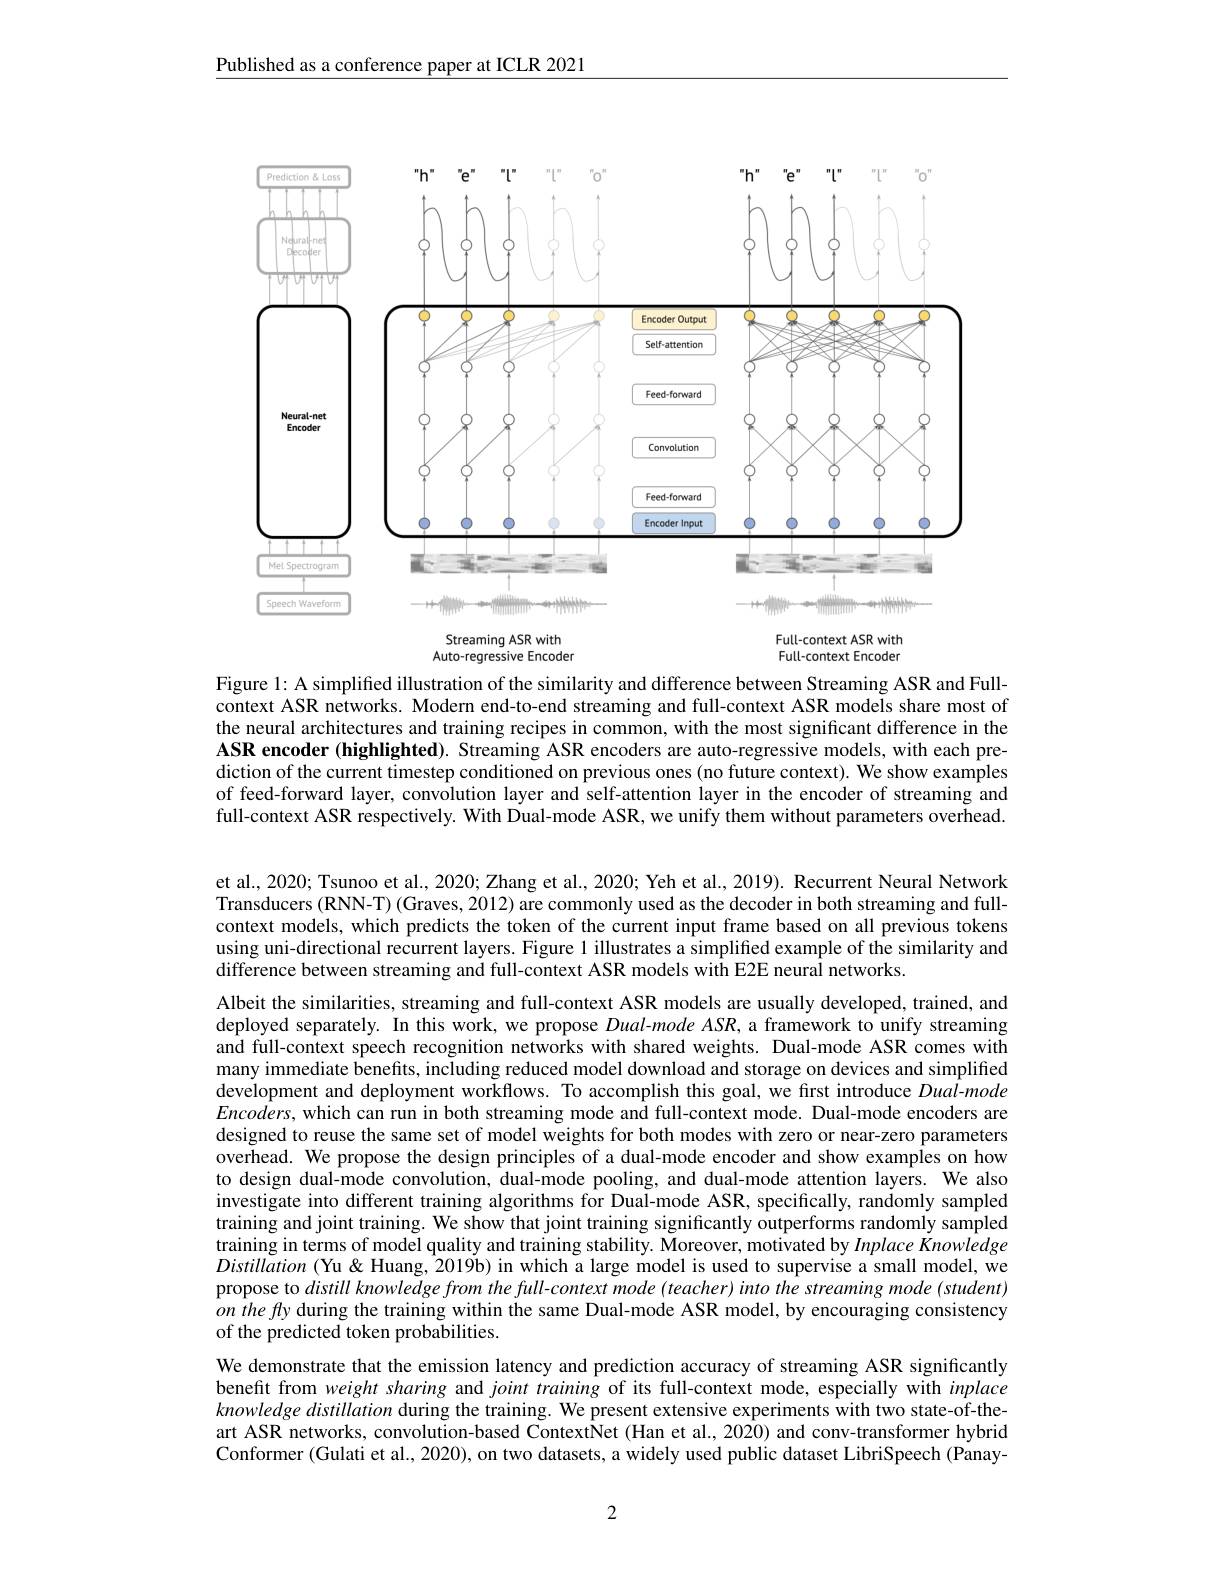
Published as a conference paper at ICLR 2021

<FigureHere>
Streaming
-context ASR

Auto-regressive Encoder

Full-context Encoder

Figure 1: A simplified illustration of the similarity and difference between Streaming ASR and Fullcontext ASR networks. Modern end-to-end streaming and full-context ASR models share most of the neural architectures and training recipes in common, with the most significant difference in the ASR encoder (highlighted). Streaming ASR encoders are auto-regressive models, with each prediction of the current timestep conditioned on previous ones (no future context). We show examples of feed-forward layer, convolution layer and self-attention layer in the encoder of streaming and full-context ASR respectively. With Dual-mode ASR, we unify them without parameters overhead.

et al., 2020; Tsunoo et al., 2020; Zhang et al., 2020; Yeh et al., 2019). Recurrent Neural Network Transducers (RNN-T) (Graves, 2012) are commonly used as the decoder in both streaming and fullcontext models, which predicts the token of the current input frame based on all previous tokens using uni-directional recurrent layers. Figure l illustrates a simplified example of the similarity and difference between streaming and full-context ASR models with E2E neural networks.

Albeit the similarities, streaming and full-context ASR models are usually developed, trained, and deployed separately. In this work, we propose $Dual-mode$ ASR, a framework to unify streaming and full-context speech recognition networks with shared weights. Dual-mode ASR comes with many immediate benefits, including reduced model download and storage on devices and simplified development and deployment workflows. To accomplish this goal, we first introduce Dual-mode $Encoders$, which can run in both streaming mode and full-context mode. Dual-mode encoders are designed to reuse the same set of model weights for both modes with zero or near-zero parameters overhead. We propose the design principles of a dual-mode encoder and show examples on how to design dual-mode convolution, dual-mode pooling, and dual-mode attention layers. We also investigate into different training algorithms for Dual-mode ASR, specifically, randomly sampled training and joint training. We show that joint training significantly outperforms randomly sampled training in terms of model quality and training stability. Moreover, motivated by Inplace Knowledge Distillation (Yu&Huang, 2019b) in which a large model is used to supervise a small model, we propose to distill knowledge from the full-context mode (teacher) into the streaming mode (student) onthefy during the training within the same Dual-mode ASR model, by encouraging consistency of the predicted token probabilities.
We demonstrate that the emission latency and prediction accuracy of streaming ASR significantly benefit from weight sharing and joint training of its full-context mode, especially with inplace $knowledge\textit{ distillation during the training. We present extensive experiments with two state- of- the- }$ art ASR networks, convolution-based ContextNet (Han et al., 2020) and conv-transformer hybrid Conformer (Gulati et al., 2020), on two datasets, a widely used public dataset LibriSpeech (Panay-

2